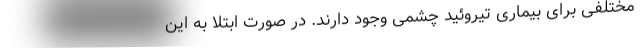
مختلفی برای بیماری تیروئید چشمی وجود دارند. در صورت ابتلا به این